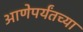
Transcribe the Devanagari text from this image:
आणेपर्यंतच्या